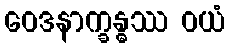
ဝေဒနာက္ခန္ဓဿ ဝယံ